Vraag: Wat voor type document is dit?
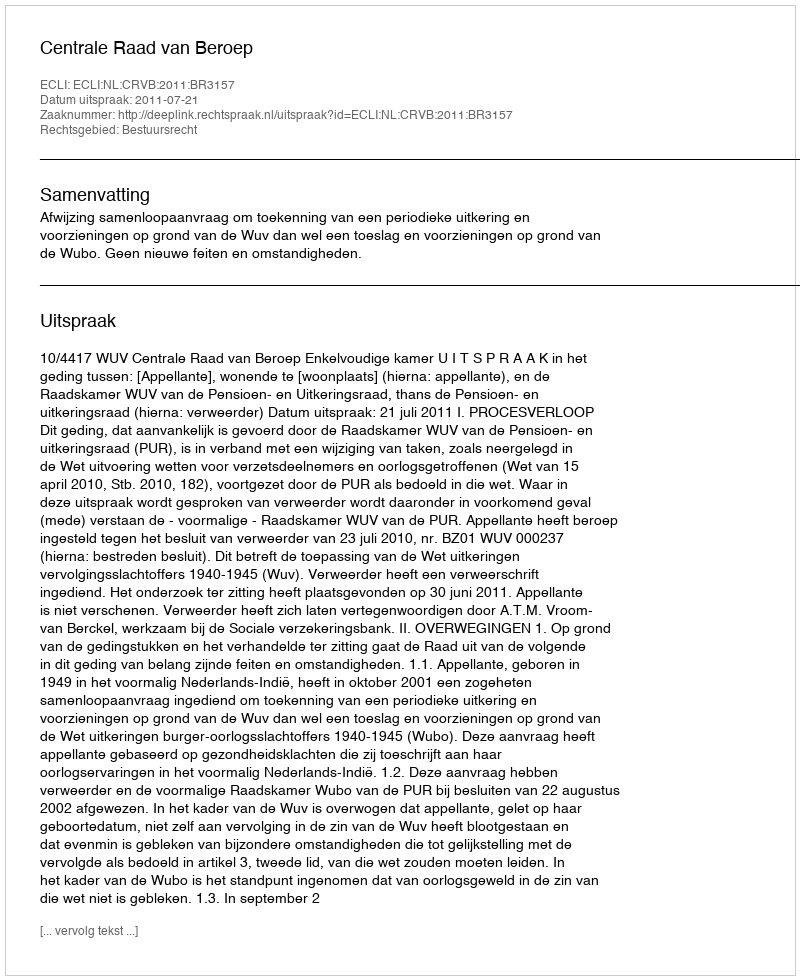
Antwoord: Uitspraak